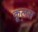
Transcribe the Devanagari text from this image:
कूलस